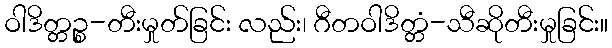
ဝါဒိတ္တဉ္စ-တီးမှုတ်ခြင်း လည်း၊ ဂီတဝါဒိတ္တံ-သီဆိုတီးမှုခြင်း။